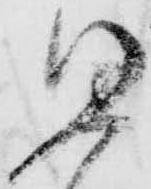
思